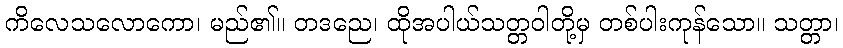
ကိလေသလောကော၊ မည်၏။ တဒညေ၊ ထိုအပါယ်သတ္တဝါတို့မှ တစ်ပါးကုန်သော။ သတ္တာ၊